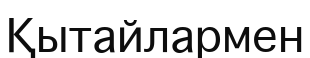
Қытайлармен